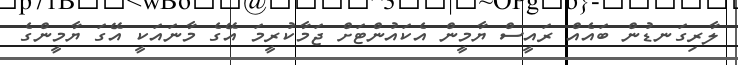
ލާރިގަނޑުން ބައެއް ރައީސް ޔާމީން އެކައުންޓަށް ޖަމާކުރީމަ އޭގެ މާނައަކީ އޭގަ ޔާމީންގެ